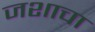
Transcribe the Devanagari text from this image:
जशाचा